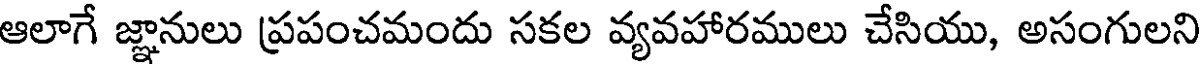
ఆలాగే జ్ఞానులు ప్రపంచమందు సకల వ్యవహారములు చేసియు, అసంగులని